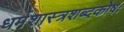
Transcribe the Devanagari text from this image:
धर्मशास्त्रशब्दकोषः